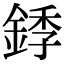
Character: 𬫥